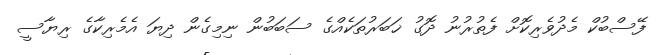
ފޭސްބުކް މެދުވެރިކޮށް ފެތުރުނު ދޮގު ޚަބަރުތަކެއްގެ ސަބަބުން ނިމިގެން ދިޔަ އެމެރިކާގެ ރިޔާސީ